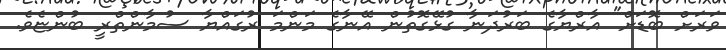
ވަރަށް ބޮޑަށް" އާރްޔާގެ ބަރުދަނާ ގުޅޭގޮތުން އޭނާގެ މަންމަ ރުގައްޔާ ސުމާންތްރީ ބުންޏެވެ.